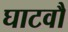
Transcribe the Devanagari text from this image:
घाटवौ